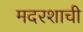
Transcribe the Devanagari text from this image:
मदरशाची